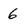
Character: 6